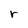
Character: r